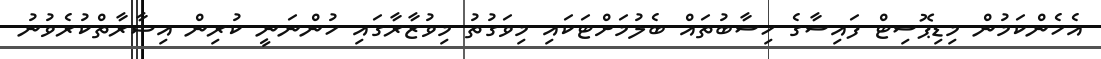
އެހެންކަމުން މިޑިޕޮސިޓް ފައިސާގެ ހިސާބުތައް ބެލުމަށްޓަކައި މިވަގުތު މިވުޒާރާގައި ހުންނަނީ ކުރިން އިޝާރާތްކުރެވުނު